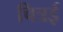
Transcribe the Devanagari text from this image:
चित्रई